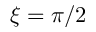
\xi = \pi / 2